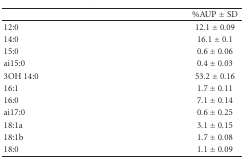
|  | %AUP ± SD |
 | --- | --- |
 | 12:0 | 12.1 ± 0.09 |
 | 14:0 | 16.1 ± 0.1 |
 | 15:0 | 0.6 ± 0.06 |
 | ai15:0 | 0.4 ± 0.03 |
 | 3OH 14:0 | 53.2 ± 0.16 |
 | 16:1 | 1.7 ± 0.11 |
 | 16:0 | 7.1 ± 0.14 |
 | ai17:0 | 0.6 ± 0.25 |
 | 18:1a | 3.1 ± 0.15 |
 | 18:1b | 1.7 ± 0.08 |
 | 18:0 | 1.1 ± 0.09 |